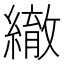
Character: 𦅄